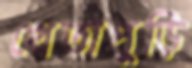
খেতাপুড়ি